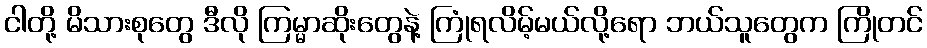
ငါတို့ မိသားစုတွေ ဒီလို ကြမ္မာဆိုးတွေနဲ့ ကြုံရလိမ့်မယ်လို့ရော ဘယ်သူတွေက ကြိုတင်